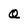
Character: Q